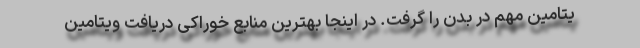
یتامین مهم در بدن را گرفت. در اینجا بهترین منابع خوراکی دریافت ویتامین